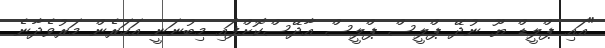
"އައި ޕްލީޑް ޔޫ ނުދޭ ޕްލީސް ޕްލީސް އާދޭސްކޮށްފައި މިބުނަނީ އަހަރެން މަރުވެދާނެ